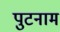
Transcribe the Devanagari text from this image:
पुटनाम